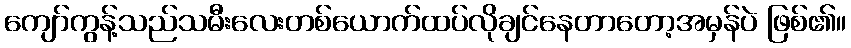
ကျော်ကွန့်သည်သမီးလေးတစ်ယောက်ထပ်လိုချင်နေတာတော့အမှန်ပဲ ဖြစ်၏။